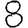
Digit: 8